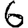
Digit: 6